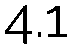
4.1